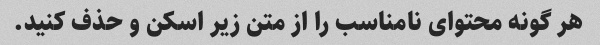
هر گونه محتوای نامناسب را از متن زیر اسکن و حذف کنید.